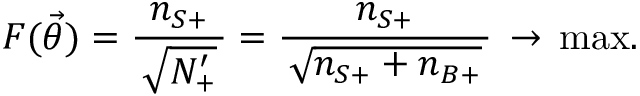
F ( \vec { \theta } ) = \frac { n _ { S + } } { \, \sqrt { N _ { + } ^ { \prime } } \, } = \frac { n _ { S + } } { \, \sqrt { n _ { S + } + n _ { B + } } \, } \, \rightarrow \, \mathrm { m a x } .